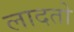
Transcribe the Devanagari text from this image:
लादतो